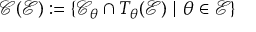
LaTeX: { \mathcal { C } } ( { \mathcal { E } } ) : = \{ { \mathcal { C } } _ { \theta } \cap T _ { \theta } ( { \mathcal { E } } ) ~ | ~ \theta \in { \mathcal { E } } \}